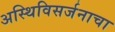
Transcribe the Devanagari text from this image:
अस्थिविसर्जनाचा